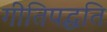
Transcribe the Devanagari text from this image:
गीतिपद्धति